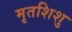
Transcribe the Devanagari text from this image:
मृतशिशु